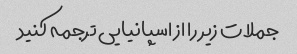
جملات زیر را از اسپانیایی ترجمه کنید